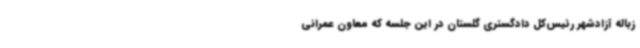
زباله آزادشهر رئیس‌کل دادگستری گلستان در این جلسه که معاون عمرانی